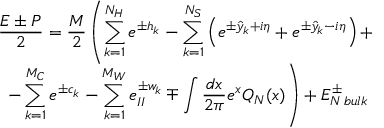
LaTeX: \begin{array} { c } { { \displaystyle \displaystyle \frac { E \pm P } { 2 } = \displaystyle \frac { { \cal M } } { 2 } \left( \displaystyle \sum _ { k = 1 } ^ { N _ { H } } e ^ { \pm h _ { k } } - \displaystyle \sum _ { k = 1 } ^ { N _ { S } } \left( e ^ { \pm \hat { y } _ { k } + i \eta } + e ^ { \pm \hat { y } _ { k } - i \eta } \right) + \right. } } \\ { { \left. - \displaystyle \sum _ { k = 1 } ^ { M _ { C } } e ^ { \pm c _ { k } } - \displaystyle \sum _ { k = 1 } ^ { M _ { W } } e _ { I I } ^ { \pm w _ { k } } \mp \displaystyle \int \displaystyle \frac { d x } { 2 \pi } e ^ { x } { \cal Q } _ { N } ( x ) \right) + E _ { N \, b u l k } ^ { \pm } } } \end{array}